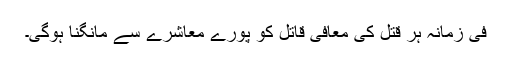
فی زمانہ ہر قتل کی معافی قاتل کو پورے معاشرے سے مانگنا ہوگی۔